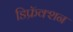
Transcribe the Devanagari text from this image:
डिफ्रॅक्शन